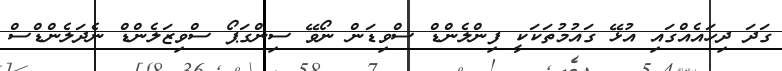
ގަދަ ދިހައެއްގައި އުޅޭ ގައުމުތަކަކީ ފިންލެންޑް ސްވިޑަން ނޯވޭ ސިންގަޕޯ ސްވިޒަލެންޑް ނެދަލެންޑްސް